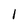
Character: 1